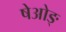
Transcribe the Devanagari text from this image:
षेओङ्